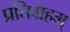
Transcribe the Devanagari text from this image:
प्रतिग्रहम्